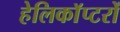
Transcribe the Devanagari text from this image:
हेलिकाॅप्टरों